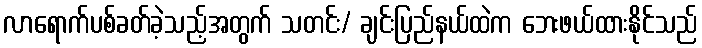
လာရောက်ပစ်ခတ်ခဲ့သည့်အတွက် သတင်း/ ချင်းပြည်နယ်ထဲက ဘေးဖယ်ထားနိုင်သည်